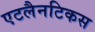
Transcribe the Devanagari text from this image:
एटलैनटिकस